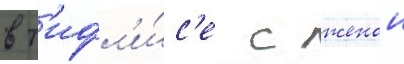
в т'ифл'и́с'е с женои